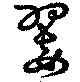
翣